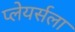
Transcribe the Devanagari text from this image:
प्लेयर्सला